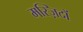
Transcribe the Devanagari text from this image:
मस्ज़िदों